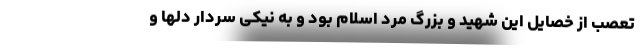
تعصب از خصایل این شهید و بزرگ مرد اسلام بود و به نیکی سردار دلها و